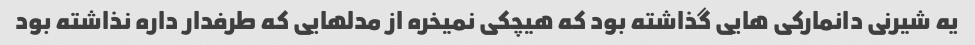
یه شیرنی دانمارکی هایی گذاشته بود که هیچکی نمیخره از مدلهایی که طرفدار داره نذاشته بود